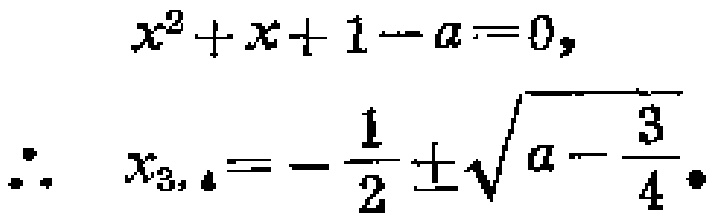
\[
\begin{align*}
x^{2}+x + 1 - a&=0,\\
\therefore\ x_{3,4}&=-\frac{1}{2}\pm\sqrt{a - \frac{3}{4}}.
\end{align*}
\]